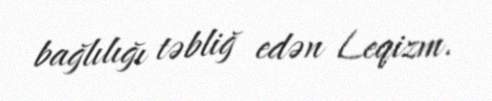
bağlılığı təbliğ edən Leqizm.